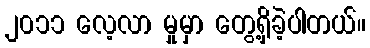
၂၀၁၁ လေ့လာ မှုမှာ တွေ့ရှိခဲ့ပါတယ်။